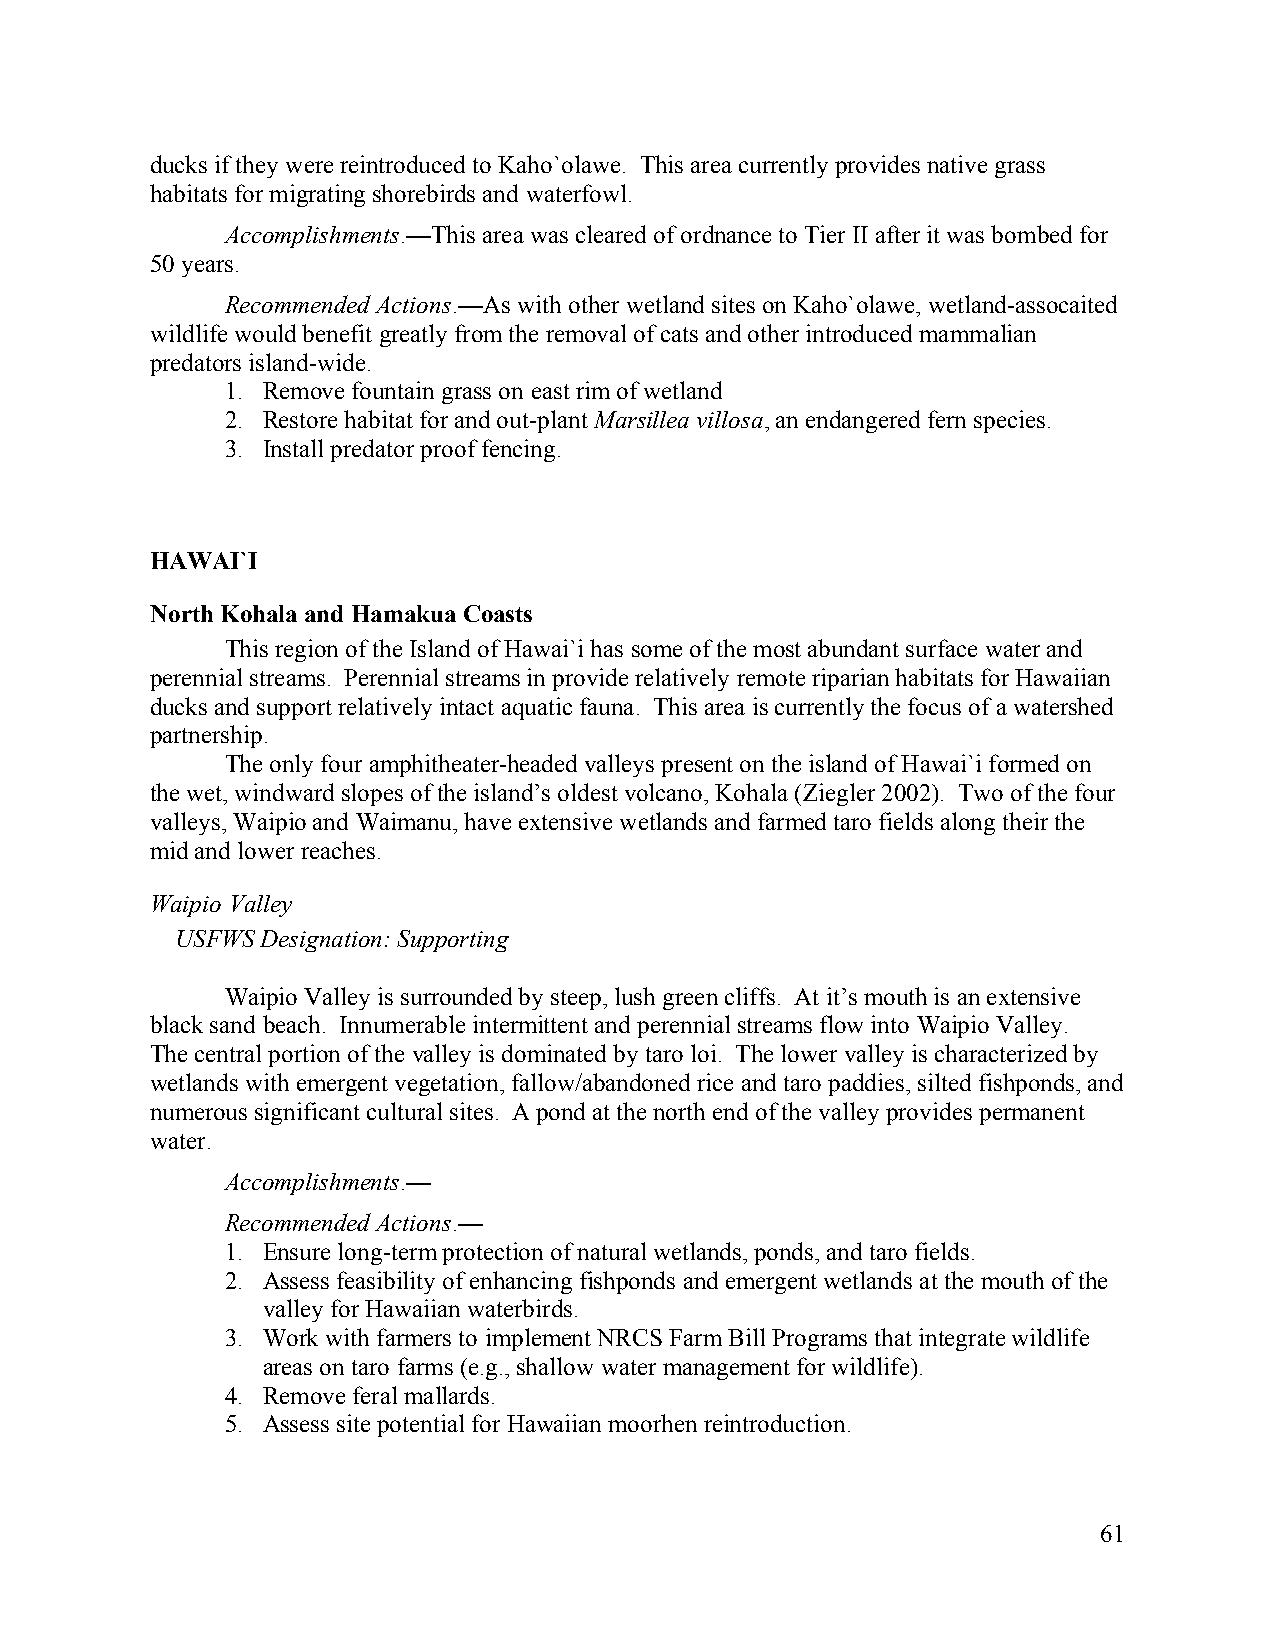
ducks if they were reintroduced to Kaho`olawe. This area currently provides native grass
 habitats for migrating shorebirds and waterfowl.
 Accomplishments.—This area was cleared of ordnance to Tier II after it was bombed for
 50 years.
 Recommended Actions.—As with other wetland sites on Kaho`olawe, wetland-assocaited
 wildlife would benefit greatly from the removal of cats and other introduced mammalian
 predators island-wide.
 1. Remove fountain grass on east rim of wetland
 2. Restore habitat for and out-plant Marsillea villosa, an endangered fern species.
 3. Install predator proof fencing.
 HAWAI`I
 North Kohala and Hamakua Coasts
 This region of the Island of Hawai`i has some of the most abundant surface water and
 perennial streams. Perennial streams in provide relatively remote riparian habitats for Hawaiian
 ducks and support relatively intact aquatic fauna. This area is currently the focus of a watershed
 partnership.
 The only four amphitheater-headed valleys present on the island of Hawai`i formed on
 the wet, windward slopes of the island’s oldest volcano, Kohala (Ziegler 2002). Two of the four
 valleys, Waipio and Waimanu, have extensive wetlands and farmed taro fields along their the
 mid and lower reaches.
 Waipio Valley
 USFWS Designation: Supporting
 Waipio Valley is surrounded by steep, lush green cliffs. At it’s mouth is an extensive
 black sand beach. Innumerable intermittent and perennial streams flow into Waipio Valley.
 The central portion of the valley is dominated by taro loi. The lower valley is characterized by
 wetlands with emergent vegetation, fallow/abandoned rice and taro paddies, silted fishponds, and
 numerous significant cultural sites. A pond at the north end of the valley provides permanent
 water.
 Accomplishments.—
 Recommended Actions.—
 1. Ensure long-term protection of natural wetlands, ponds, and taro fields.
 2. Assess feasibility of enhancing fishponds and emergent wetlands at the mouth of the
 valley for Hawaiian waterbirds.
 3. Work with farmers to implement NRCS Farm Bill Programs that integrate wildlife
 areas on taro farms (e.g., shallow water management for wildlife).
 4. Remove feral mallards.
 5. Assess site potential for Hawaiian moorhen reintroduction.
 61